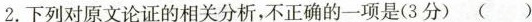
2.下列对原文论证的相关分析,不正确的一项是(3分)( )